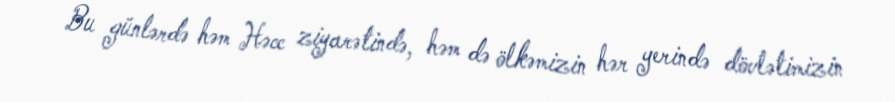
Bu günlərdə həm Həcc ziyarətində, həm də ölkəmizin hər yerində dövlətimizin